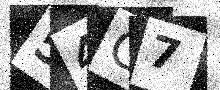
Text: 54C7